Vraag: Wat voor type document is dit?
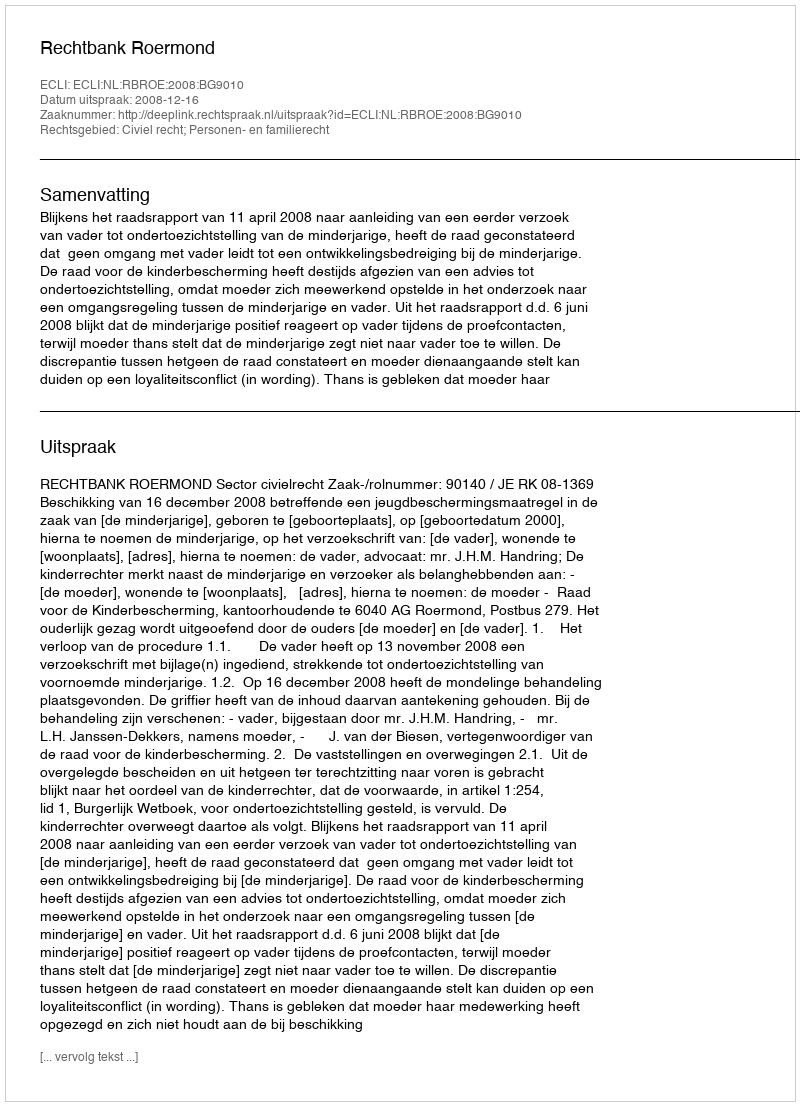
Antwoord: Uitspraak